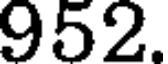
952.